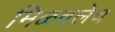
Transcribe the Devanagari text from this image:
मिळवलेच